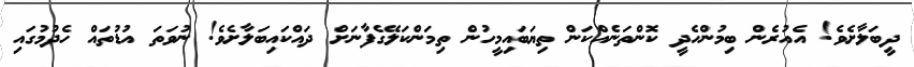
ދީބަލާށެވެ! އެއުރެން ބިމުންހެދީ ކޮންތަނެއްކަން ތިޔަބައިމީހުން ތިމަންކަލޭގެފާނަށް ދައްކައިބަލާށެވެ! ނުވަތަ އުޑުތައް ހެދުމުގައި